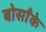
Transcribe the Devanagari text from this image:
बोसाँके